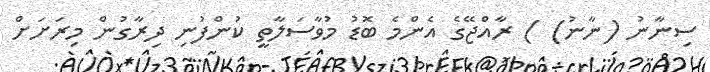
ސިނާނު (ނާނު) ) ރާއްޖޭގެ އެންމެ ބޮޑު މުވާސަލާތީ ކުންފުނި ދިރާގުން މިރަށަށް